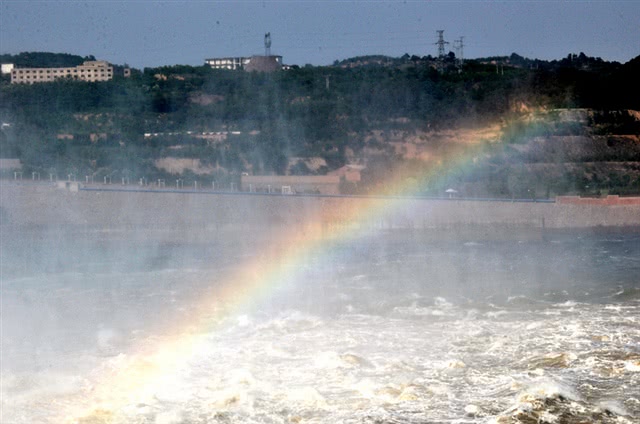
黄河曲里沙为岸，白马津边柳向城。